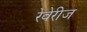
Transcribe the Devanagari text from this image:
रेवेरीज